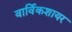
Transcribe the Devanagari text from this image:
वार्विकशायर